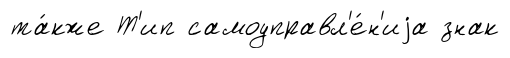
та́кже Т'ип самоуправл'е́н'иjа знак